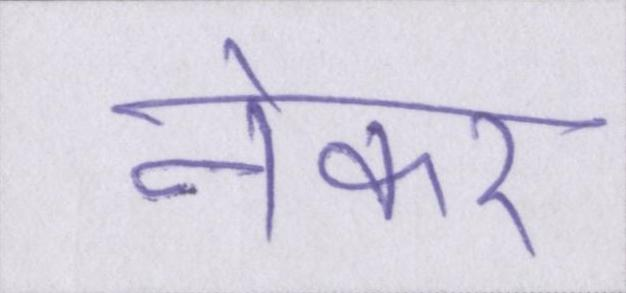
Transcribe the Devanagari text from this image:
नेकर